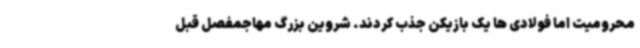
محرومیت اما فولادی ها یک بازیکن جذب کردند. شروین بزرگ مهاجمفصل قبل